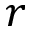
r